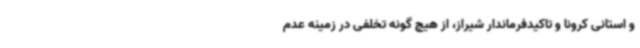
و استانی کرونا و تاکیدفرماندار شیراز، از هیچ گونه تخلفی در زمینه عدم